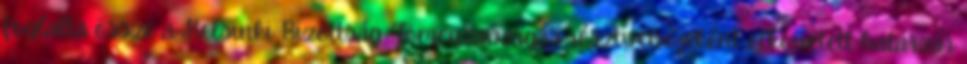
foglalta össze a Helsinki Bizottság. Tömegzavargás résztvevőjeként elkövetett határzár